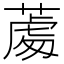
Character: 𦸵